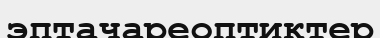
эптачареоптиктер